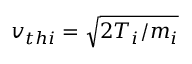
v _ { t h i } = \sqrt { 2 T _ { i } / m _ { i } }